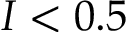
I < 0 . 5